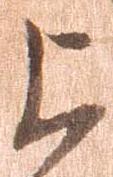
上